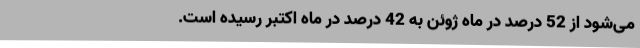
می‌شود از 52 درصد در ماه ژوئن به 42 درصد در ماه اکتبر رسیده است.